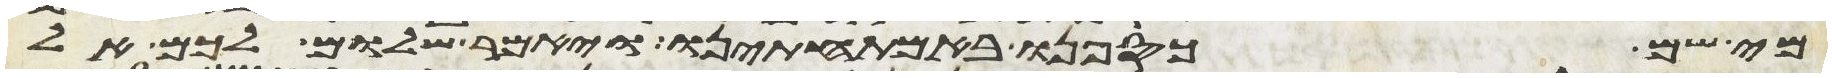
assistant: מי שם כספנו באמתחתינו ויאמר שלום לכם אל